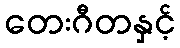
တေးဂီတနှင့်